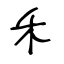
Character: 禾